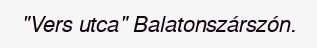
"Vers utca" Balatonszárszón.